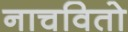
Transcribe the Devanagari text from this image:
नाचवितो